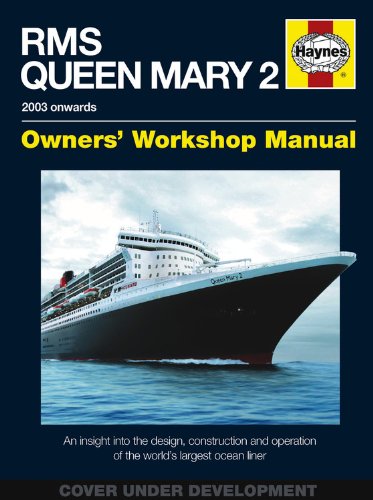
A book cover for RMS Queen Mary 2 Manual: An insight into the design, construction and operation of the world's largest ocean liner; Stephen Payne; Arts & Photography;